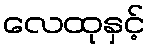
လေထုနှင့်